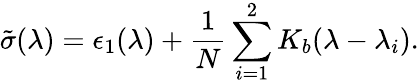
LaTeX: \tilde{\sigma}(\lambda)=\epsilon_{1}(\lambda)+{\frac{1}{N}}\sum_{i=1}^{2}K_{b}(\lambda-\lambda_{i}).